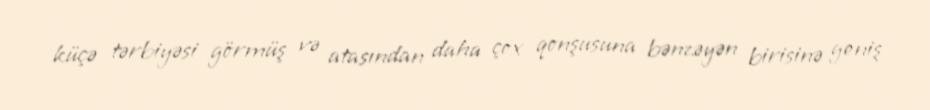
küçə tərbiyəsi görmüş və atasından daha çox qonşusuna bənzəyən birisinə geniş